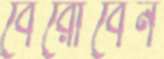
বেরোবেন